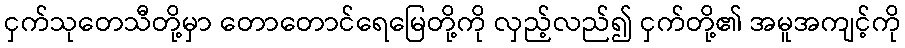
ငှက်သုတေသီတို့မှာ တောတောင်ရေမြေတို့ကို လှည့်လည်၍ ငှက်တို့၏ အမူအကျင့်ကို